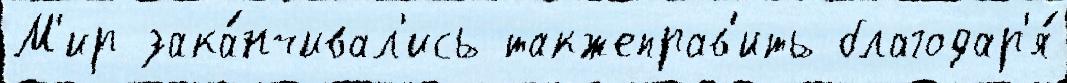
М'ир зака́нчивал'ись такжеправ'ить благодар'я́